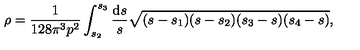
\rho = \frac { 1 } { 1 2 8 \pi ^ { 3 } p ^ { 2 } } \int _ { s _ { 2 } } ^ { s _ { 3 } } \frac { \mathrm { d } s } { s } \sqrt { ( s - s _ { 1 } ) ( s - s _ { 2 } ) ( s _ { 3 } - s ) ( s _ { 4 } - s ) } ,